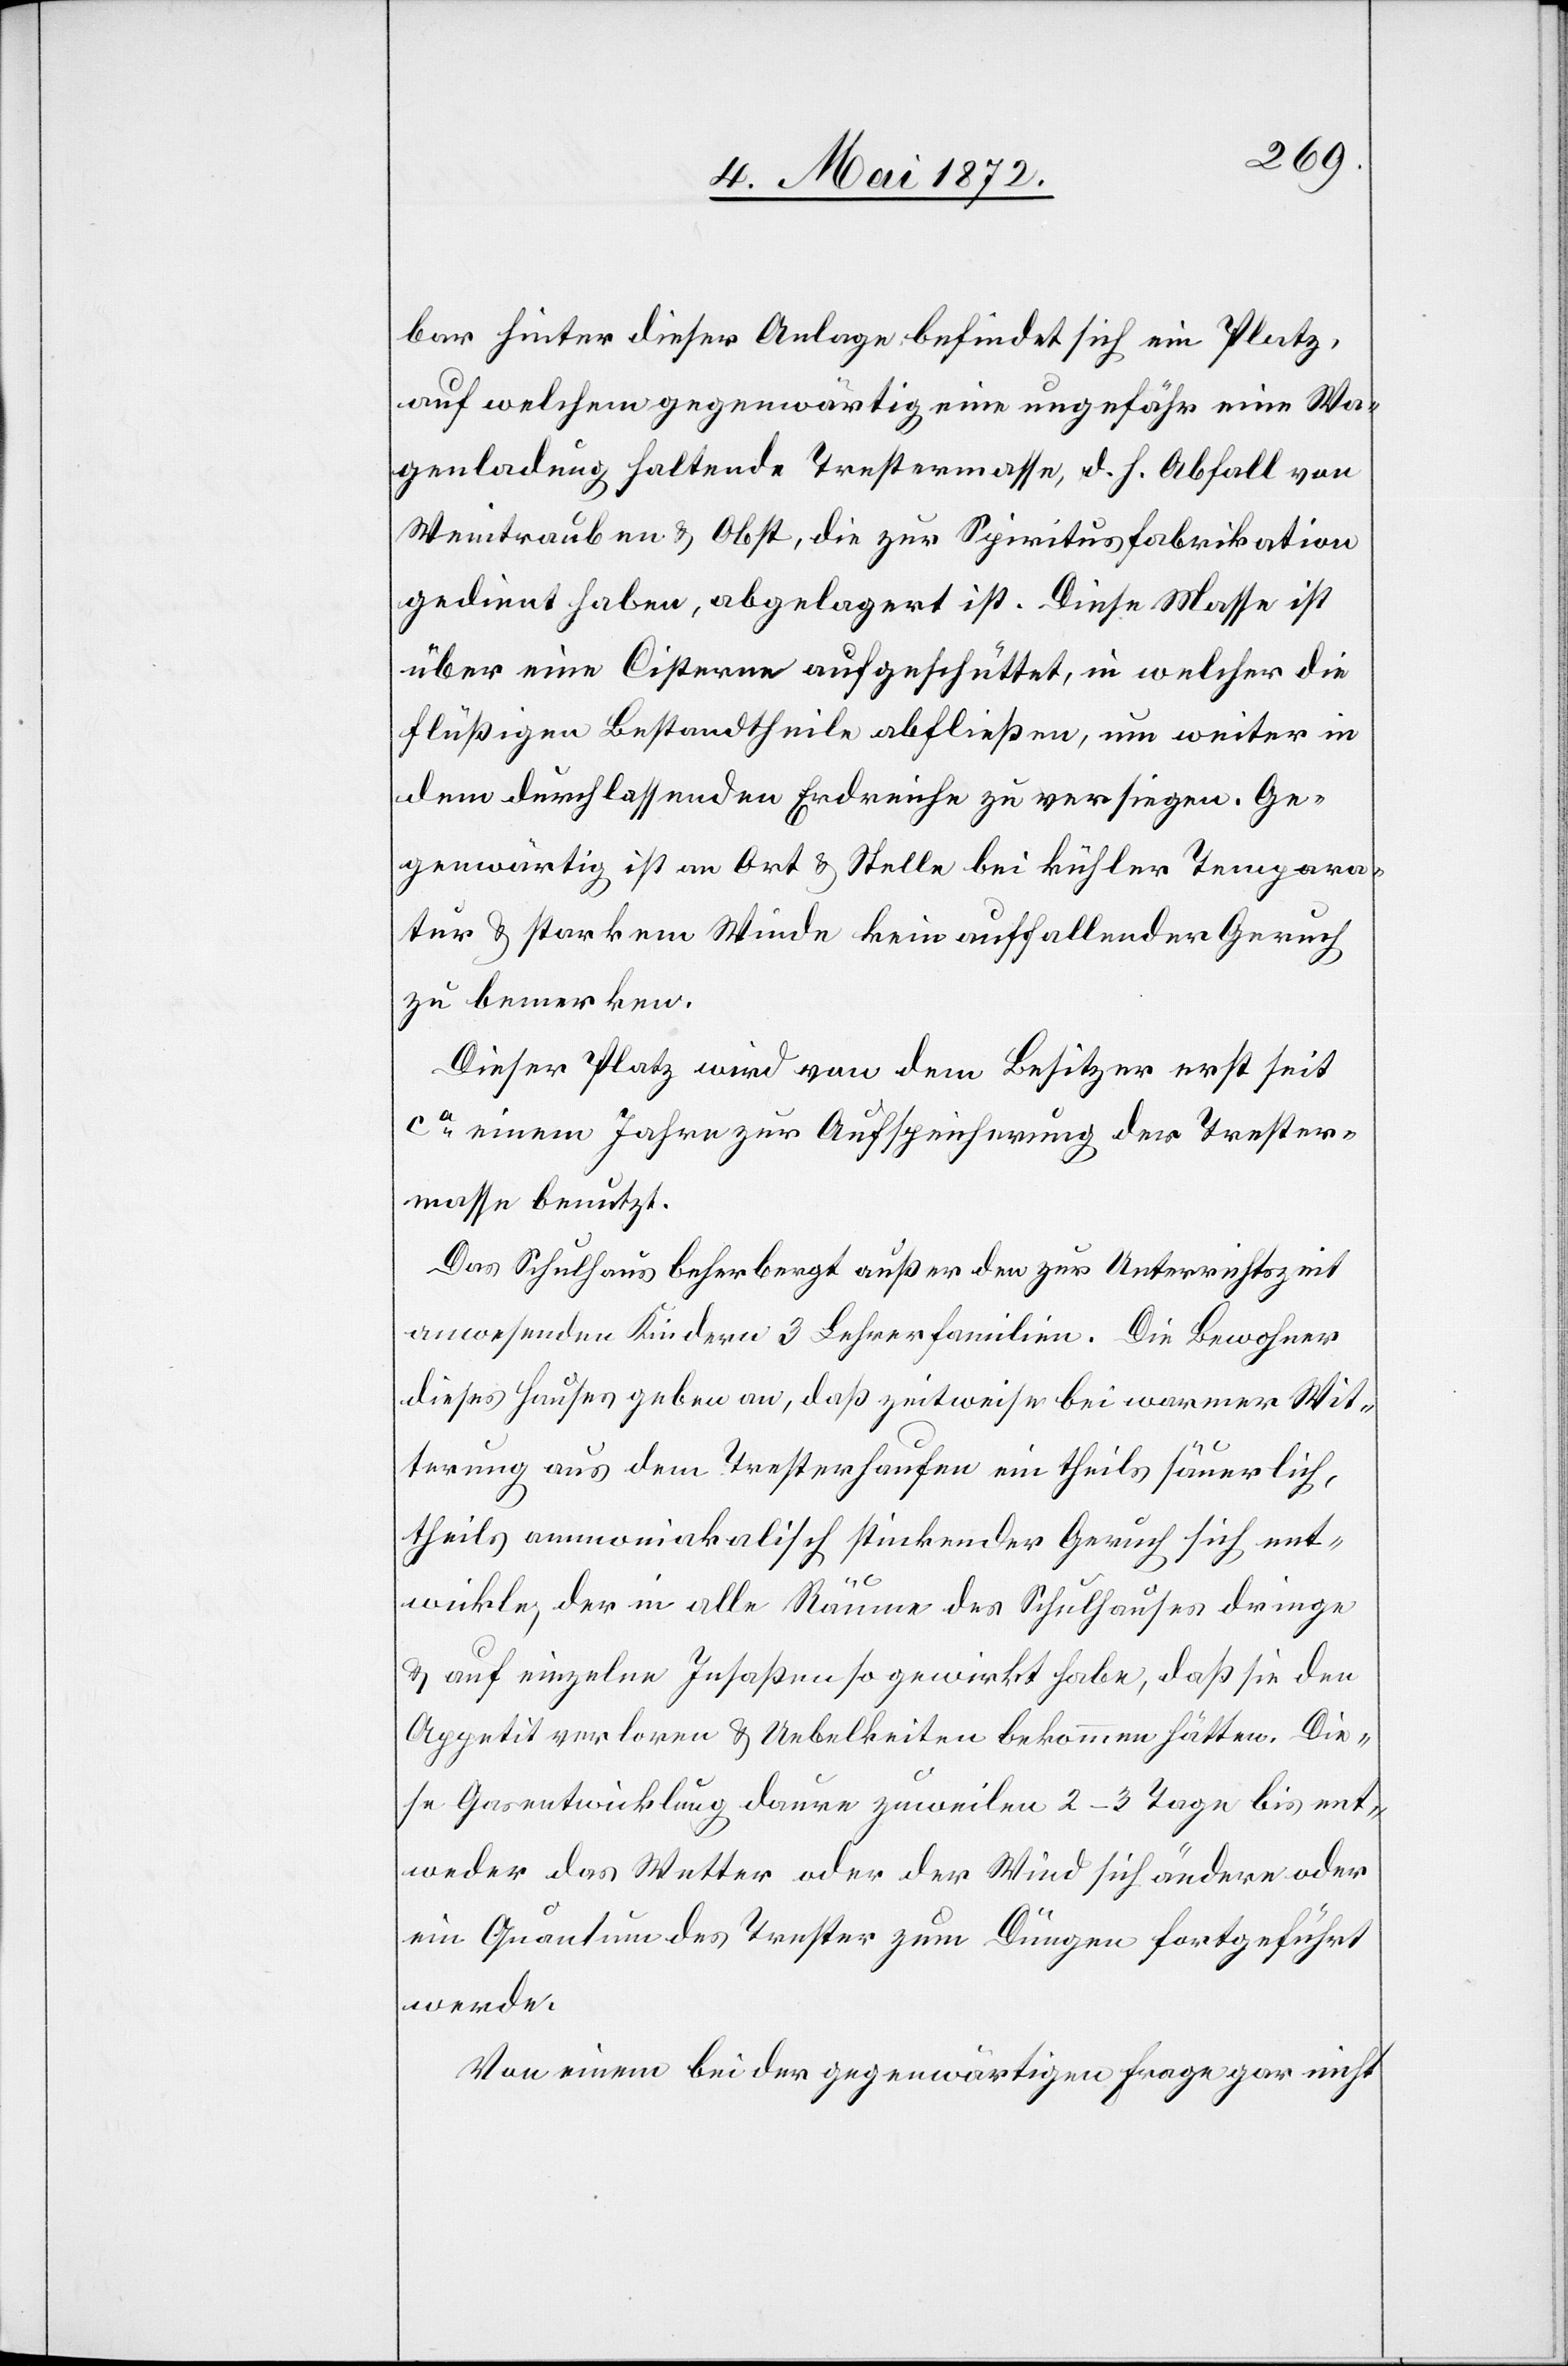
bar hinter dieser Anlage befindet sich ein Platz,
auf welchem gegenwärtig eine ungefähr eine Wa¬
genladung haltende Trestermasse, d. h. Abfall von
Weintrauben u. Obst, die zur Spiritusfabrikation
gedient haben, abgelagert ist. Diese Masse ist
über eine Cisterne aufgeschüttet, in welcher die
flüßigen Bestandtheile abfließen, um weiter in
dem durchlassenden Erdreiche zu versiegen. Ge¬
genwärtig ist an Ort u. Stelle bei kühler Temparatur
u. starkem Winde kein auffallender Geruch
zu bemerken.
Dieser Platz wird von dem Besitzer erst seit
ca einem Jahre zur Aufspeicherung der Trester¬
masse benutzt.
Das Schulhaus beherbergt außer den zur Unterrichtszeit
anwesenden Kindern 3 Lehrerfamilien. Die Bewohner
dieses Hauses geben an, daß zeitweise bei warmer Wit¬
terung aus dem Tresterhaufen ein theils säuerlich,
theils ammoniakalisch stinkender Geruch sich ent¬
wickle, der in alle Räume des Schulhauses dringe
u. auf einzelne Insaßen so gewirkt habe, daß sie den
Appetit verloren u. Uebelkeit bekommen hätten. Die¬
se Gasentwicklung daure zuweilen 2–3 Tage bis ent¬
weder das Wetter oder der Wind sich ändern oder
ein Quantum des Trester zum Düngen fortgeführt
werde.
Von einem bei der gegenwärtigen Frage gar nicht